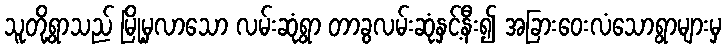
သူတို့ရွာသည် မြို့မှလာသော လမ်းဆုံရွာ တာခွလမ်းဆုံနှင့်နီး၍ အခြားဝေးလံသောရွာများမှ